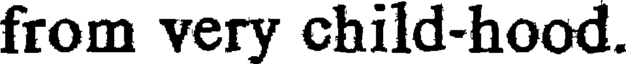
from very child-hood.